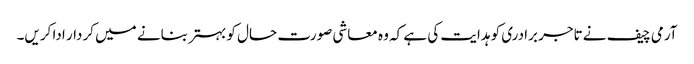
آرمی چیف نے تاجر برادری کو ہدایت کی ہے کہ وہ معاشی صورت حال کو بہتر بنانے میں کردار ادا کریں۔